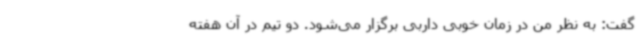
گفت:‌ به نظر من در زمان خوبی داربی برگزار می‌شود. دو تیم در آن هفته